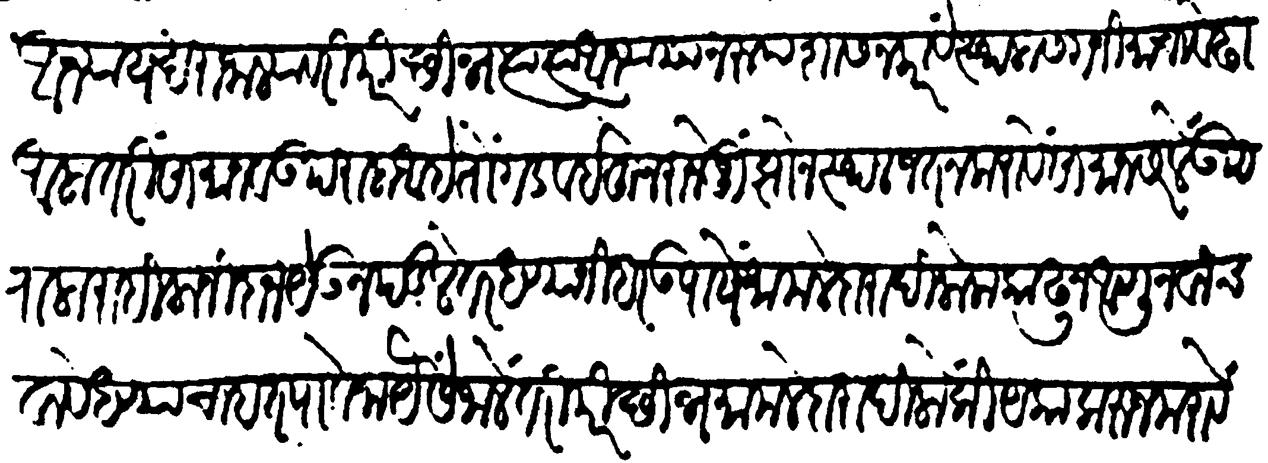
Transliteration (Devanagari): अन्याय खरा जाल्यावरी परिच्छिन्न त्या त्या अन्यायानुरुप शासन करावें स्थळास गनिमाचा वेढा आला तरी सामान व उपराळा आहे तों गडवईतून रोज जुंझोन स्थळ जतन करावें सामान सरलें उपराला राहिला निदान येऊन पडलें तर धण्यांनी हरउपायें मामलेदारादी लोक काढून आणून वाचवावे धण्याचा हत पावेना यैसें जालें तरी परिच्छिन्न मामलेदारादी लोकीं यका करून मरावे